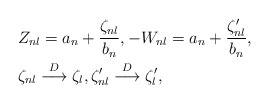
\begin{align*} &Z_{nl} = a_n + \frac{\zeta_{nl}}{b_n}, -W_{nl} = a_n + \frac{\zeta'_{nl}}{b_n},\\&\zeta_{nl} \stackrel{D} \longrightarrow \zeta_l , \zeta'_{nl} \stackrel{D} \longrightarrow\zeta'_l,\end{align*}